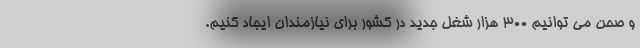
و صحن می توانیم ۳۰۰ هزار شغل جدید در کشور برای نیازمندان ایجاد کنیم.